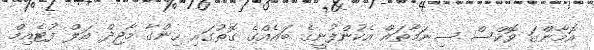
އޮމާންގަ ވޮކްސް ސިނަމާތައް އެކުންފުނީގެ ބައެއްގެ ގޮތުގައި ހިންގާ މާޖިދް އަލް ފުޓެއިމް